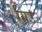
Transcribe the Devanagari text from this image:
ग्रिउ